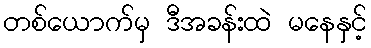
တစ်ယောက်မှ ဒီအခန်းထဲ မနေနှင့်